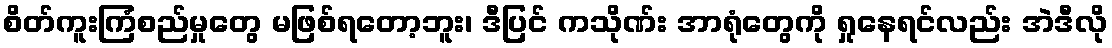
စိတ်ကူးကြံစည်မှုတွေ မဖြစ်ရတော့ဘူး၊ ဒီပြင် ကသိုဏ်း အာရုံတွေကို ရှုနေရင်လည်း အဲဒီလို